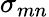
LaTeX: \sigma_{mn}